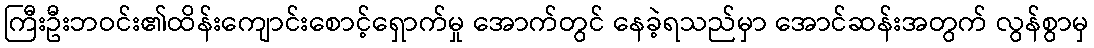
ကြီးဦးဘဝင်း၏ထိန်းကျောင်းစောင့်ရှောက်မှု အောက်တွင် နေခဲ့ရသည်မှာ အောင်ဆန်းအတွက် လွန်စွာမှ